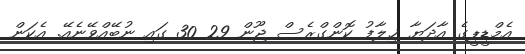
އެމްޑީޕީގެ އާދަޔާ ޚިލާފު ކޮންގްރެސް ޖޫން 29 30 ގައި ނުބޭއްވޭނެއޭ. އެކަން